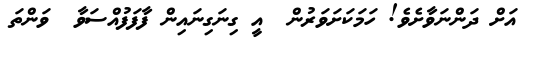
އަށް ދަންނަވާށެވެ! ހަމަކަށަވަރުން  އީ ގިނަގިނައިން ފާފަފުއްސަވާ  ވަންތަ